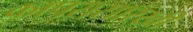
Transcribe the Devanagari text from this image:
कापरासारखी